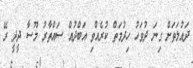
ދައުލަތަށް ގިނަ ދުވަހު ހިދުމަތް ކުރެއްވި އަބްދުއް ސައްތާރު މޫސާ ދީދީ ރޭ